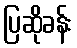
ပြဆိုခန်း